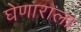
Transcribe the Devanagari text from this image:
घेणाराला